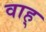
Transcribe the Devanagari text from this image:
वाह्‌